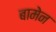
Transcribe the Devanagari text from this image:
बामेन